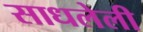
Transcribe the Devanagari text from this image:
साधलेली